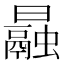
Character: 曧